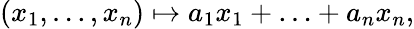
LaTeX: (x_{1},\ldots,x_{n})\mapsto a_{1}x_{1}+\ldots+a_{n}x_{n},